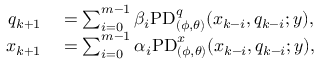
\begin{array} { r l } { q _ { k + 1 } } & { { } = \sum _ { i = 0 } ^ { m - 1 } \beta _ { i } \mathrm { P D } _ { ( \phi , \theta ) } ^ { q } ( x _ { k - i } , q _ { k - i } ; y ) , } \\ { x _ { k + 1 } } & { { } = \sum _ { i = 0 } ^ { m - 1 } \alpha _ { i } \mathrm { P D } _ { ( \phi , \theta ) } ^ { x } ( x _ { k - i } , q _ { k - i } ; y ) , } \end{array}